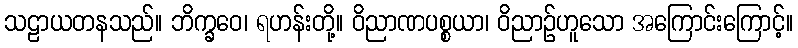
သဠာယတနသည်။ ဘိက္ခဝေ၊ ရဟန်းတို့။ ဝိညာဏပစ္စယာ၊ ဝိညာဉ်ဟူသော အကြောင်းကြောင့်။